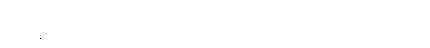
မေးခွန်းများထဲမှ ထိုမြို့နယ် စိတ်မသက်သာစွာဖြင့် များစွာသောသူတို့၏